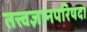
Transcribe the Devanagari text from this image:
तत्त्वज्ञानपरिषदा